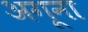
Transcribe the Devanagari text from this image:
अगूना